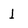
Character: l